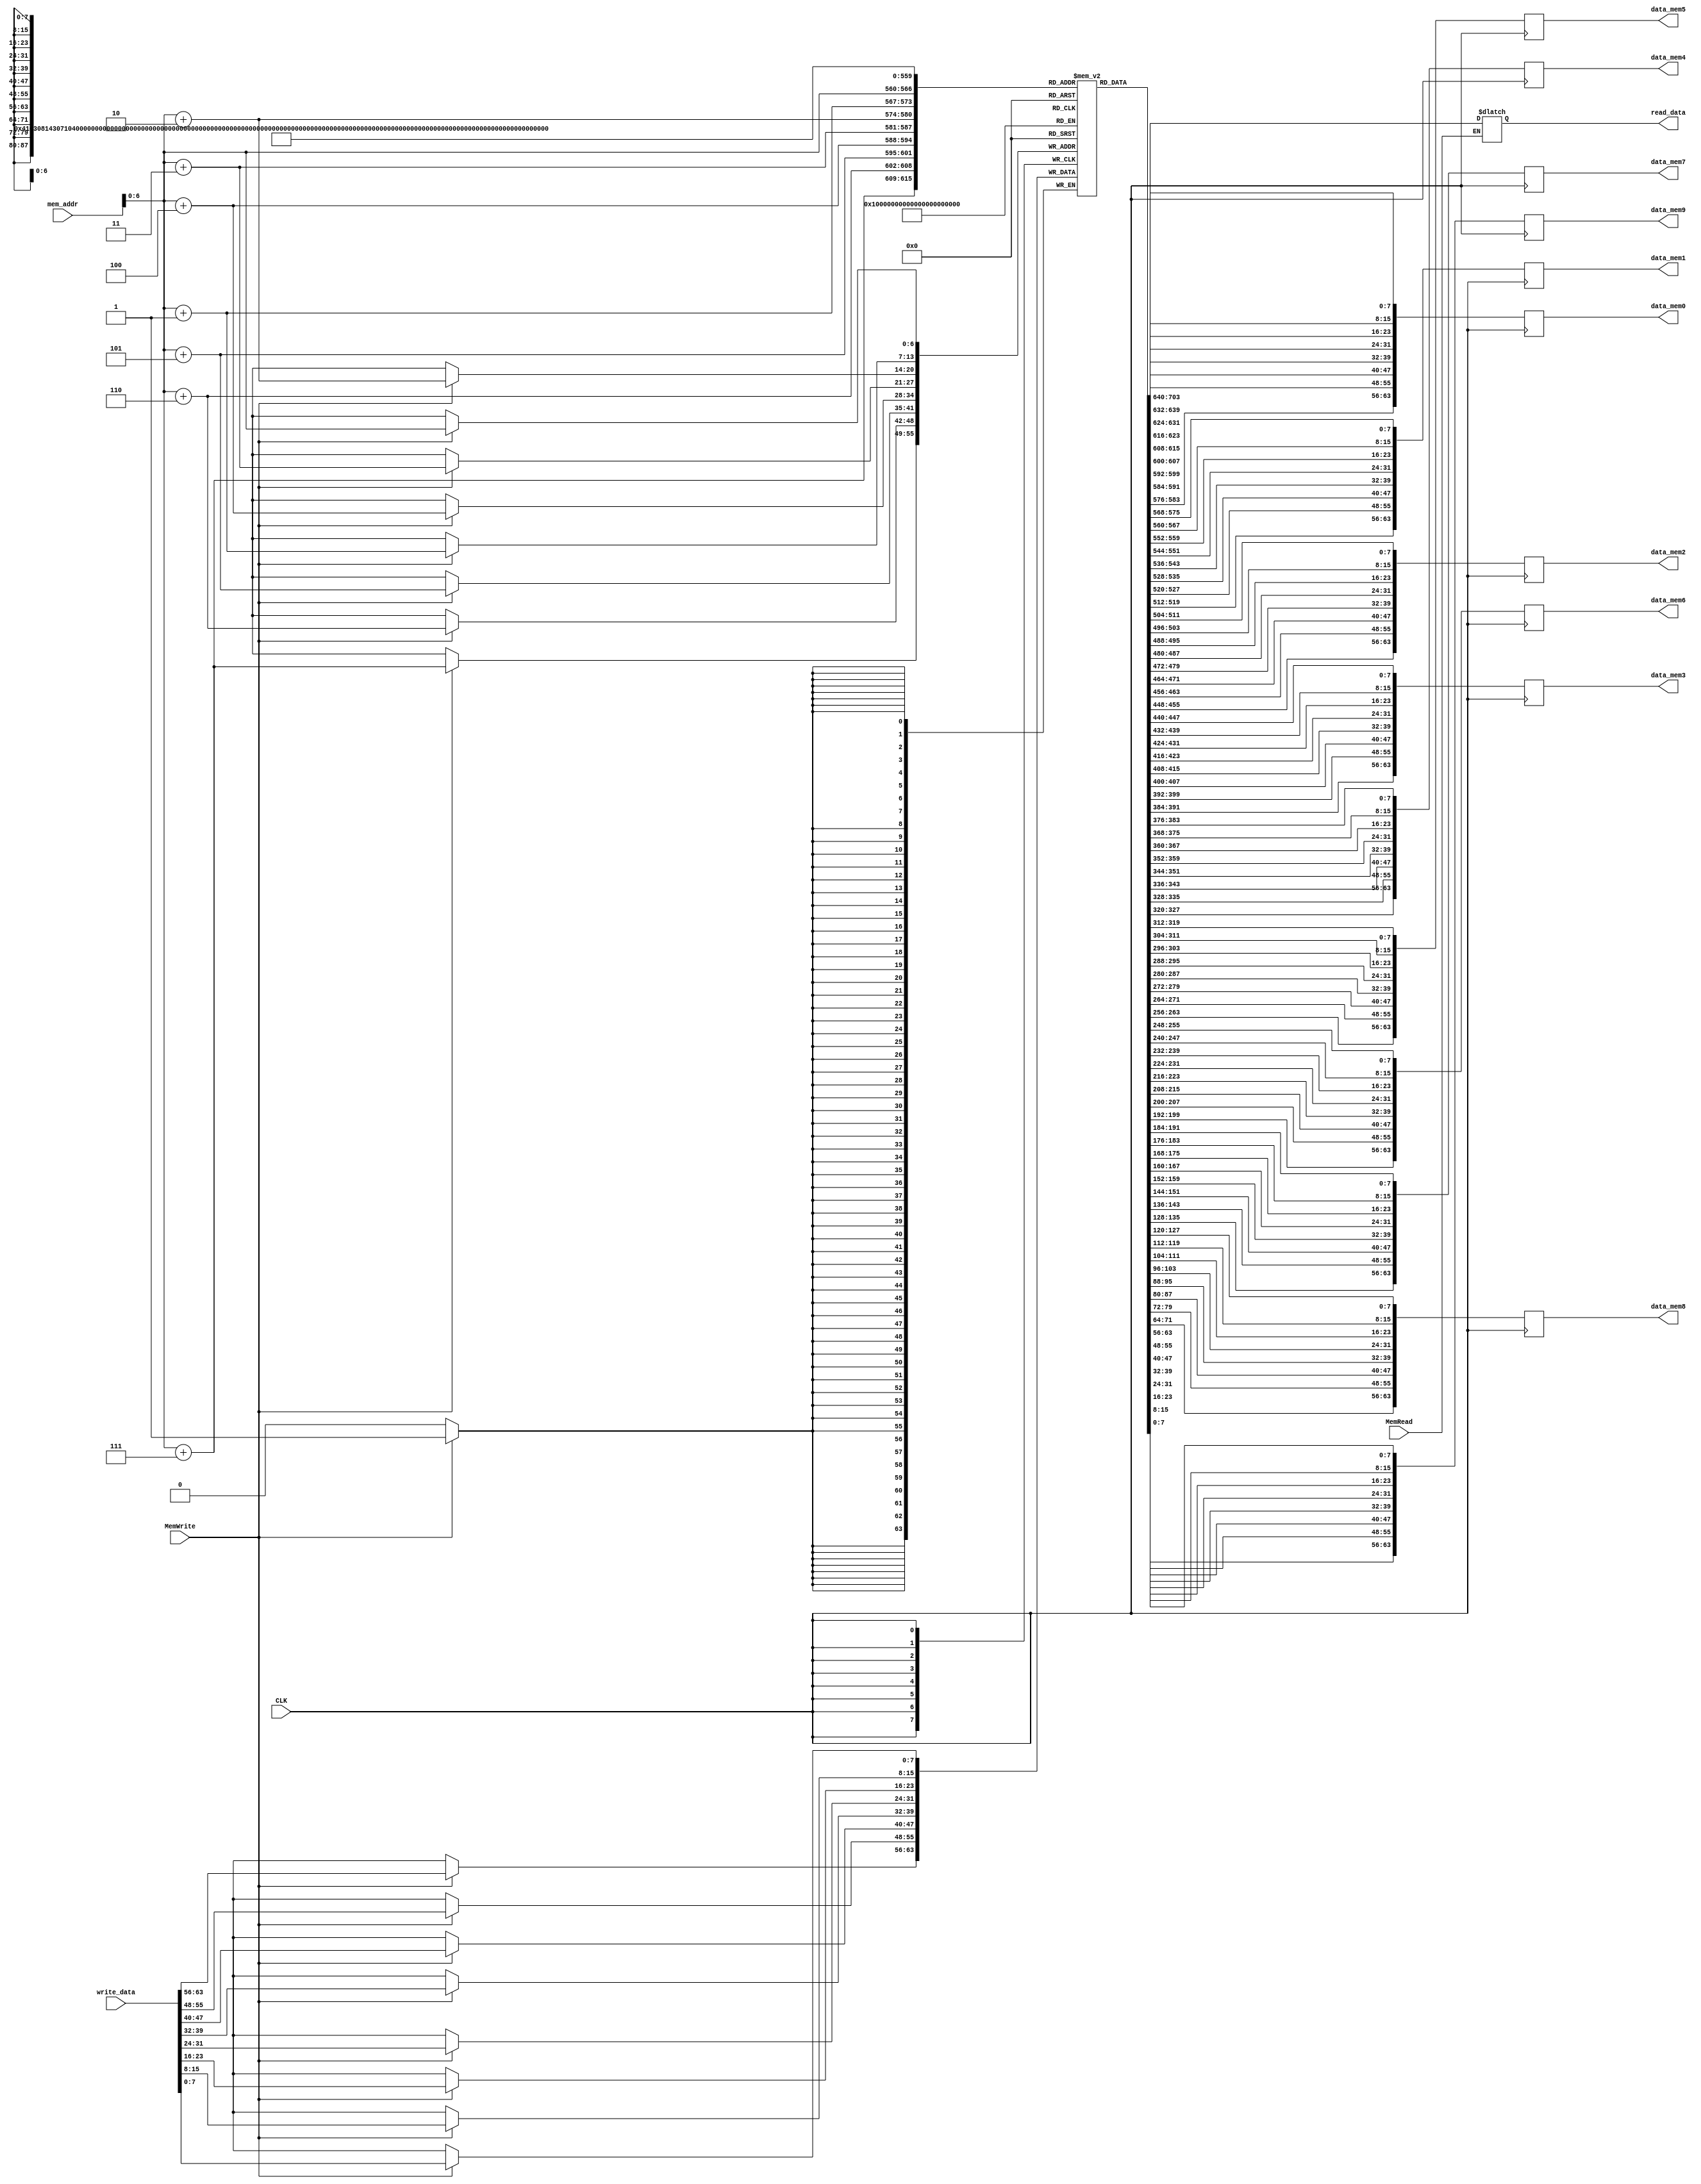
module DataMemory
(
	input CLK, MemWrite, MemRead,
	input [63:0] mem_addr,
	input [63:0] write_data,
	output reg [63:0] read_data,
	output reg [63:0] 	data_mem0,
						data_mem1,
						data_mem2,
						data_mem3,
						data_mem4,
						data_mem5,
						data_mem6,
						data_mem7,
						data_mem8,
						data_mem9
);

reg [7:0] DMEM [127:0]; //128-Byte Memory
integer i;
initial begin
	for (i = 0; i < 128; i = i + 1)
		DMEM[i] = 0;
end

always @(*) begin
	if (MemRead) begin
		read_data = {
			DMEM[mem_addr+7],
			DMEM[mem_addr+6],
			DMEM[mem_addr+5],
			DMEM[mem_addr+4],
			DMEM[mem_addr+3],
			DMEM[mem_addr+2],
			DMEM[mem_addr+1],
			DMEM[mem_addr]
		};
	end
end

always @(posedge CLK) begin
	if (MemWrite) begin
		DMEM[mem_addr] = write_data[7:0];
		DMEM[mem_addr+1] = write_data[15:8];
		DMEM[mem_addr+2] = write_data[23:16];
		DMEM[mem_addr+3] = write_data[31:24];
		DMEM[mem_addr+4] = write_data[39:32];
		DMEM[mem_addr+5] = write_data[47:40];
		DMEM[mem_addr+6] = write_data[55:48];
		DMEM[mem_addr+7] = write_data[63:56];
	end
end

always @(posedge CLK) begin
	data_mem0 = {DMEM[7], DMEM[6], DMEM[5], DMEM[4], DMEM[3], DMEM[2], DMEM[1], DMEM[0]};
	data_mem1 = {DMEM[15], DMEM[14], DMEM[13], DMEM[12], DMEM[11], DMEM[10], DMEM[9], DMEM[8]};
	data_mem2 = {DMEM[23], DMEM[22], DMEM[21], DMEM[20], DMEM[19], DMEM[18], DMEM[17], DMEM[16]};
	data_mem3 = {DMEM[31], DMEM[30], DMEM[29], DMEM[28], DMEM[27], DMEM[26], DMEM[25], DMEM[24]};
	data_mem4 = {DMEM[39], DMEM[38], DMEM[37], DMEM[36], DMEM[35], DMEM[34], DMEM[33], DMEM[32]};
	data_mem5 = {DMEM[47], DMEM[46], DMEM[45], DMEM[44], DMEM[43], DMEM[42], DMEM[41], DMEM[40]};
	data_mem6 = {DMEM[55], DMEM[54], DMEM[53], DMEM[52], DMEM[51], DMEM[50], DMEM[49], DMEM[48]};
	data_mem7 = {DMEM[63], DMEM[62], DMEM[61], DMEM[60], DMEM[59], DMEM[58], DMEM[57], DMEM[56]};
	data_mem8 = {DMEM[71], DMEM[70], DMEM[69], DMEM[68], DMEM[67], DMEM[66], DMEM[65], DMEM[64]};
	data_mem9 = {DMEM[79], DMEM[78], DMEM[77], DMEM[76], DMEM[75], DMEM[74], DMEM[73], DMEM[72]};
end
	
endmodule